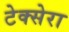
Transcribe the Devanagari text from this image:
टेक्सेरा